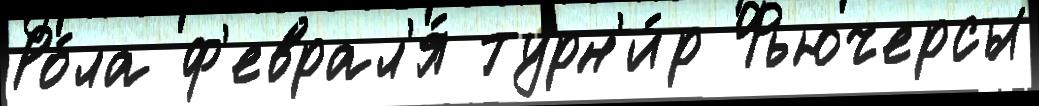
Ро́ла ф'еврал'я́ турн'и́р Фьючерсы